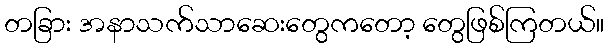
တခြား အနာသက်သာဆေးတွေကတော့ တွေဖြစ်ကြတယ်။